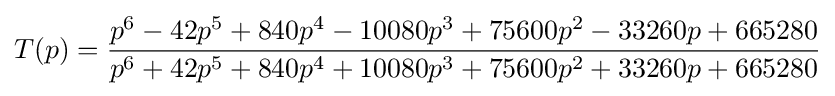
T(p)={\frac {p^{6}-42p^{5}+840p^{4}-10080p^{3}+75600p^{2}-33260p+665280}{p^{6}+42p^{5}+840p^{4}+10080p^{3}+75600p^{2}+33260p+665280}}